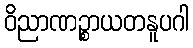
ဝိညာဏဉ္စာယတနူပဂါ